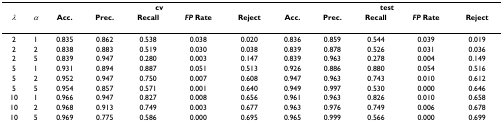
|  |  | <COLSPAN=5> cv | <COLSPAN=5> test |
 | λ | α | Acc. | Prec. | Recall | FP Rate | Reject | Acc. | Prec. | Recall | FP Rate | Reject |
 | --- | --- | --- | --- | --- | --- | --- | --- | --- | --- | --- | --- |
 | 2 | 1 | 0.835 | 0.862 | 0.538 | 0.038 | 0.020 | 0.836 | 0.859 | 0.544 | 0.039 | 0.019 |
 | 2 | 2 | 0.838 | 0.883 | 0.519 | 0.030 | 0.038 | 0.839 | 0.878 | 0.526 | 0.031 | 0.036 |
 | 2 | 5 | 0.839 | 0.947 | 0.280 | 0.003 | 0.147 | 0.839 | 0.963 | 0.278 | 0.004 | 0.149 |
 | 5 | 1 | 0.931 | 0.894 | 0.887 | 0.051 | 0.513 | 0.926 | 0.886 | 0.880 | 0.054 | 0.516 |
 | 5 | 2 | 0.952 | 0.947 | 0.750 | 0.007 | 0.608 | 0.947 | 0.963 | 0.743 | 0.010 | 0.612 |
 | 5 | 5 | 0.954 | 0.857 | 0.571 | 0.001 | 0.640 | 0.949 | 0.997 | 0.530 | 0.000 | 0.646 |
 | 10 | 1 | 0.966 | 0.947 | 0.827 | 0.008 | 0.656 | 0.961 | 0.963 | 0.826 | 0.010 | 0.658 |
 | 10 | 2 | 0.968 | 0.913 | 0.749 | 0.003 | 0.677 | 0.963 | 0.976 | 0.749 | 0.006 | 0.678 |
 | 10 | 5 | 0.969 | 0.775 | 0.586 | 0.000 | 0.695 | 0.965 | 0.999 | 0.566 | 0.000 | 0.699 |